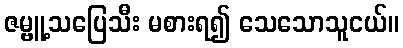
ဇမ္ဗူ့သပြေသီး မစားရ၍ သေသောသူငယ်။